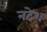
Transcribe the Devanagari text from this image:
नटेश